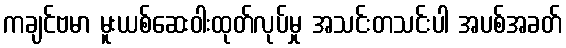
ကချင်ဗမာ မူးယစ်ဆေးဝါးထုတ်လုပ်မှု အသင်းတသင်းပါ အပစ်အခတ်